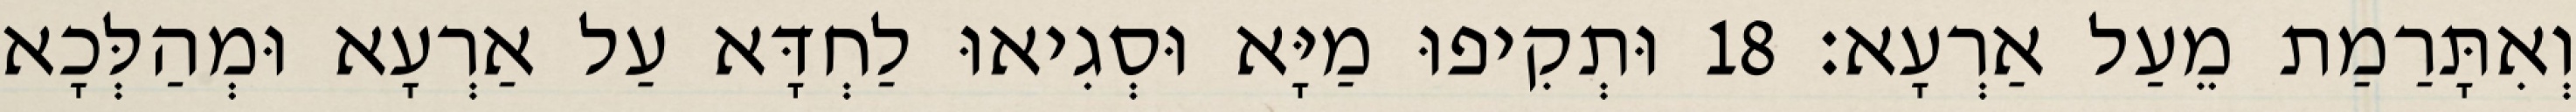
וְאִתָּרַמַת מֵעַל אַרְעָא׃ 18 וּתְקִיפוּ מַיָּא וּסְגִיאוּ לַחְדָּא עַל אַרְעָא וּמְהַלְּכָא